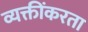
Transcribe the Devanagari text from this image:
व्यक्तींकरता